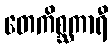
တေကိစ္ဆကာရီ